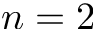
n = 2